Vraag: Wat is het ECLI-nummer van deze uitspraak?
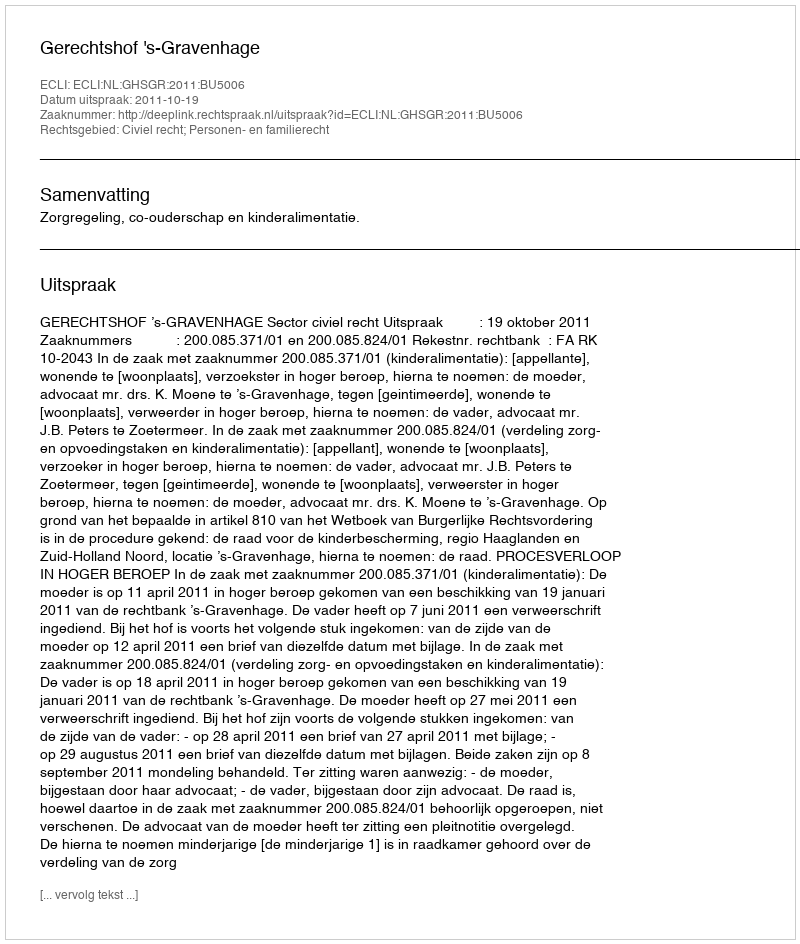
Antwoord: ECLI:NL:GHSGR:2011:BU5006